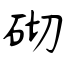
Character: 砌